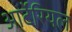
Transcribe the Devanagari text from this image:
आर्टेरियल